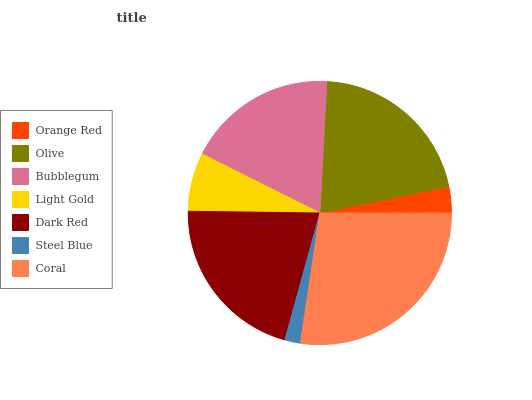
| Orange Red | Olive | Bubblegum | Light Gold | Dark Red | Steel Blue | Coral |
 | --- | --- | --- | --- | --- | --- | --- |
 | 3.22% | 21% | 18.4% | 7.16% | 21% | 1.92% | 27.3% |